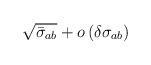
LaTeX: \begin{align*}\sqrt{\bar{\sigma}_{ab}}+o\left( \delta \sigma _{ab}\right)\end{align*}